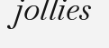
jollies